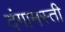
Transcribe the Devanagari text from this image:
दंगामस्ती